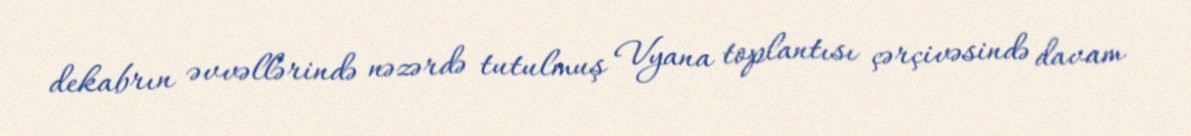
dekabrın əvvəllərində nəzərdə tutulmuş Vyana toplantısı çərçivəsində davam